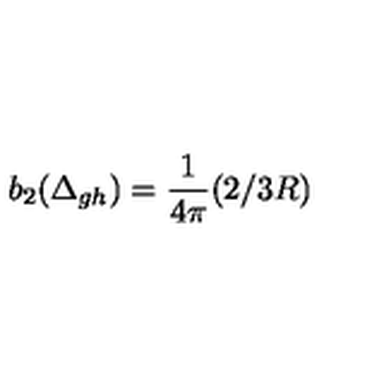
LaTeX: b _ { 2 } ( \Delta _ { g h } ) = { \frac { 1 } { 4 \pi } } ( 2 / 3 R )